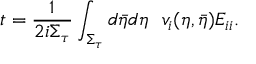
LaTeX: t = \frac { 1 } { 2 i \Sigma _ { \tau } } \int _ { \Sigma _ { \tau } } d \bar { \eta } d \eta ~ ~ v _ { i } ( \eta , \bar { \eta } ) E _ { i i } .